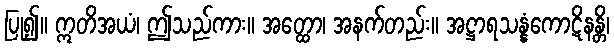
ပြု၍။ ဣတိအယံ၊ ဤသည်ကား။ အတ္ထော၊ အနက်တည်း။ အဋ္ဌာရသန္နံကောဋိနန္တိ၊